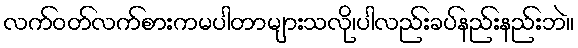
လက်ဝတ်လက်စားကမပါတာများသလို၊ပါလည်းခပ်နည်းနည်းဘဲ။